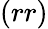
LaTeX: (rr)